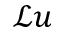
\mathcal { L } u